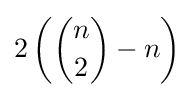
2\left({n \choose 2}-n\right)